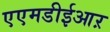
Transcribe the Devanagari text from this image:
एएमडीईआऱ